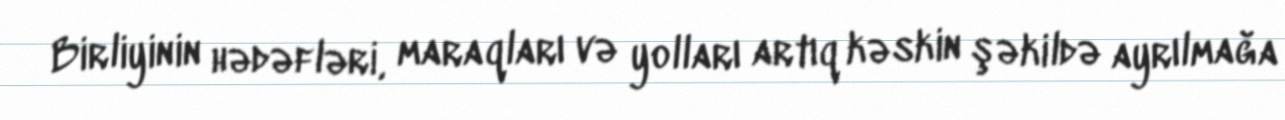
Birliyinin hədəfləri, maraqları və yolları artıq kəskin şəkildə ayrılmağa